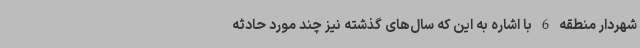
شهردار منطقه 6 با اشاره به این که سال‌های گذشته نیز چند مورد حادثه